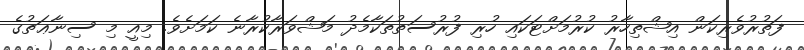
ފަތުރުވެރިކަން އިޝްތިހާރު ކުރުމަށްޓަކައި ހުރި ފުރުސަތުތަކާމެދު މަޝްވަރާކުރާނެ ކަމަށެވެ. މިއީ މި ސިނާޢަތުގެ